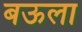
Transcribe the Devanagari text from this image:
बऊला